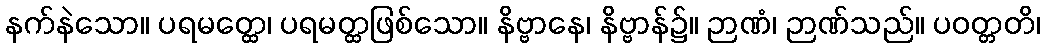
နက်နဲသော။ ပရမတ္ထေ၊ ပရမတ္ထဖြစ်သော။ နိဗ္ဗာနေ၊ နိဗ္ဗာန်၌။ ဉာဏံ၊ ဉာဏ်သည်။ ပဝတ္တတိ၊